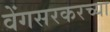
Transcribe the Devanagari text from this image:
वेंगसरकरच्या